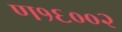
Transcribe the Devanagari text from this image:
ण१६००२